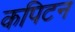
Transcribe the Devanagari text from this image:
कपिटन